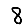
Digit: 8